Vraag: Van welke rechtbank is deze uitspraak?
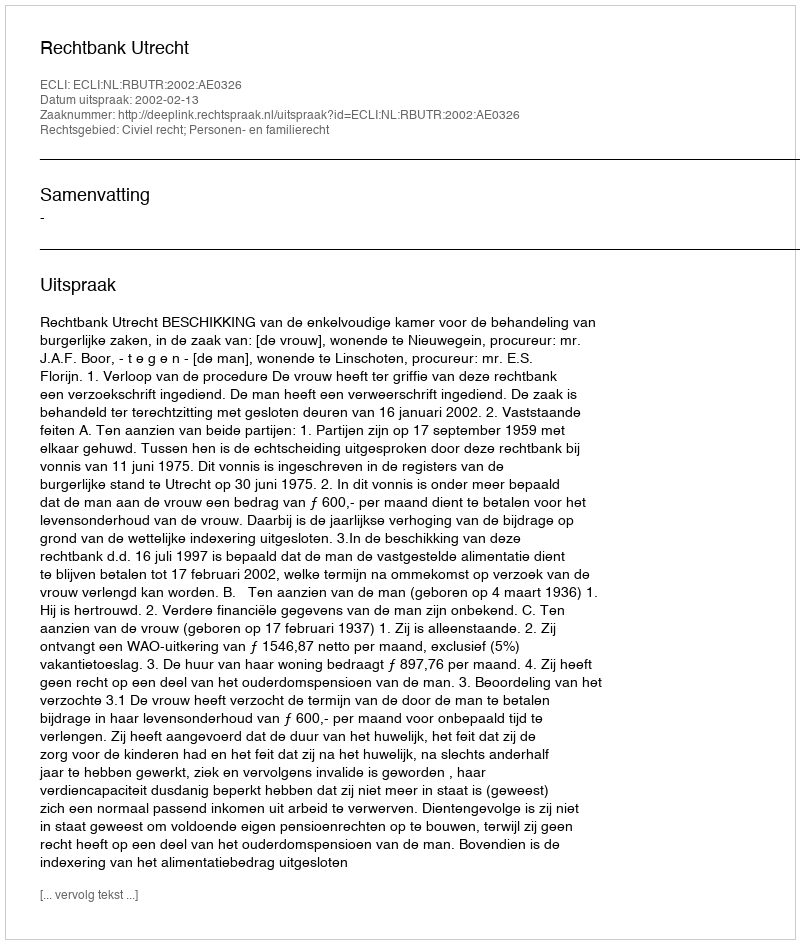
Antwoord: Rechtbank Utrecht